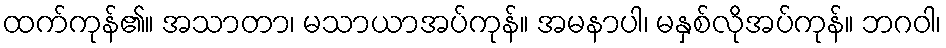
ထက်ကုန်၏။ အသာတာ၊ မသာယာအပ်ကုန်။ အမနာပါ၊ မနှစ်လိုအပ်ကုန်။ ဘဂဝါ၊